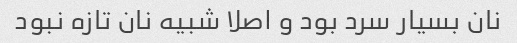
نان بسیار سرد بود و اصلا شبیه نان تازه نبود